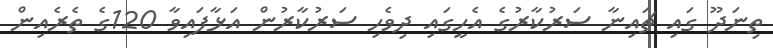
ތިނަދޫ ގައި ޗައިނާ ސަރުކާރުގެ އެހީގައި ދިވެހި ސަރުކާރުން އަޅާފައިވާ 120ގެ ތެރެއިން